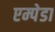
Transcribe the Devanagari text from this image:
एम्पेडा